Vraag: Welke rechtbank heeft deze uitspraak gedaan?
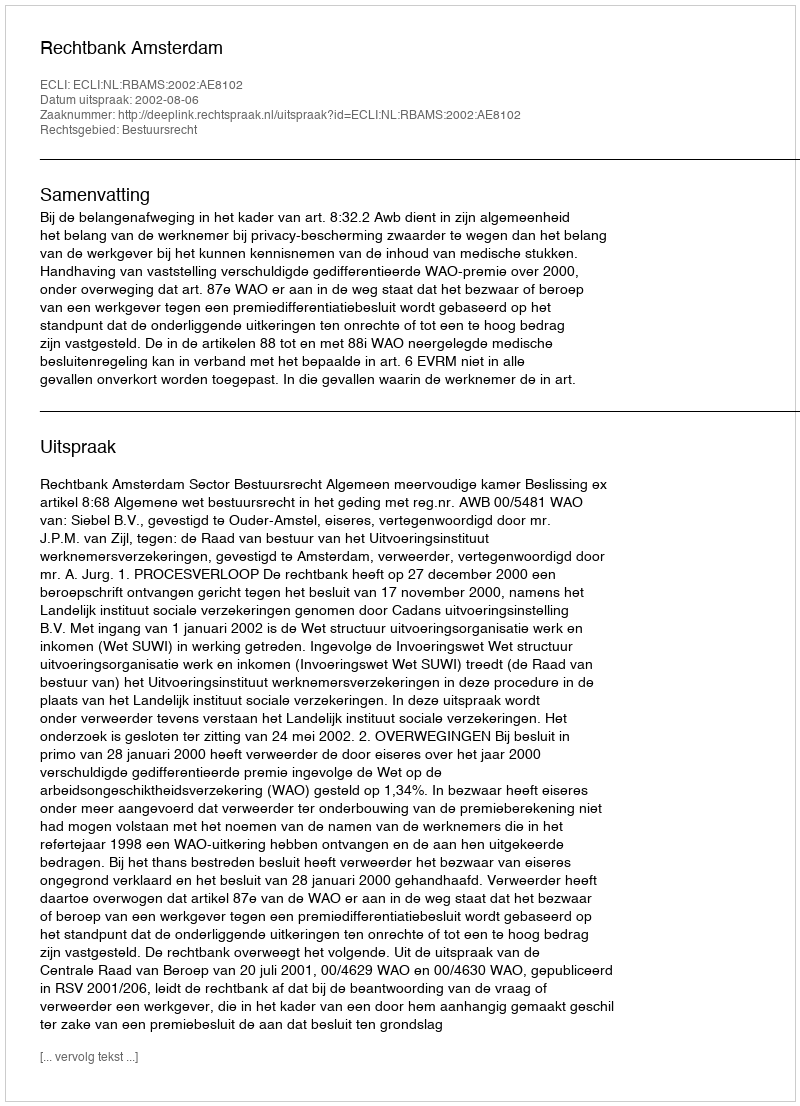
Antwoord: Rechtbank Amsterdam